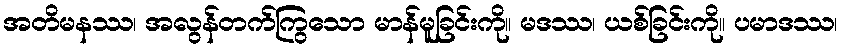
အတိမနဿ၊ အလွန်တက်ကြွသော မာန်မူခြင်းကို။ မဒဿ၊ ယစ်ခြင်းကို။ ပမာဒဿ၊